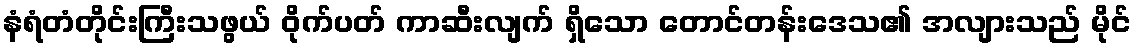
နံရံတံတိုင်းကြီးသဖွယ် ဝိုက်ပတ် ကာဆီးလျက် ရှိသော တောင်တန်းဒေသ၏ အလျားသည် မိုင်